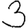
Digit: 3